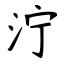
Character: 泞